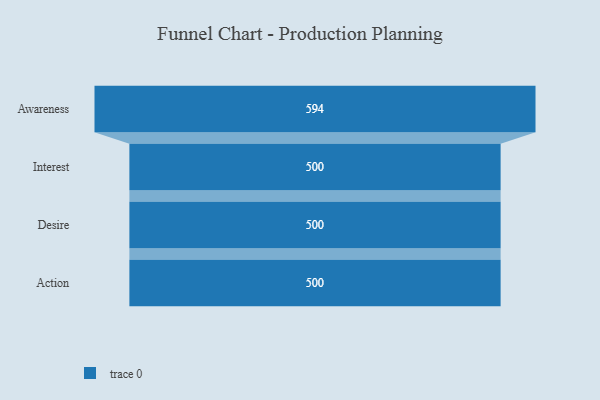
{"axis": {"x": "Stage", "y": "Value"}, "legend": [""], "data": [{"x": "Awareness", "y": 594.0, "type": ""}, {"x": "Interest", "y": 500, "type": ""}, {"x": "Desire", "y": 500, "type": ""}, {"x": "Action", "y": 500, "type": ""}]}